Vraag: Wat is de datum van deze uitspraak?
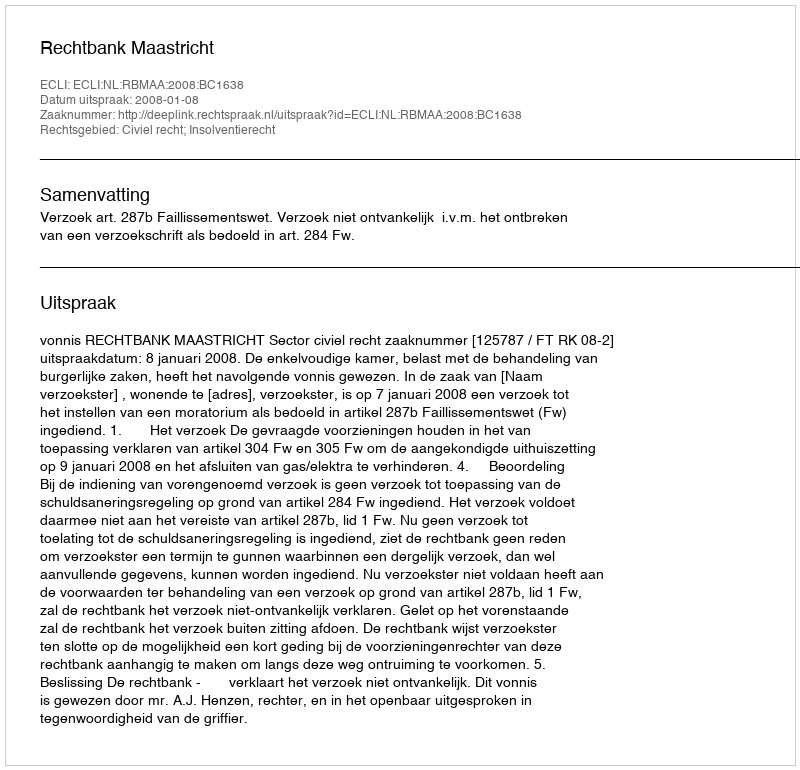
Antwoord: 2008-01-08